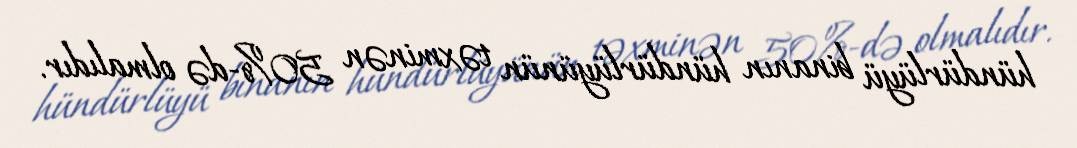
hündürlüyü binanın hündürlüyünün təxminən 50%-də olmalıdır.